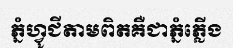
ភ្នំហ្វូជីតាមពិតគឺជាភ្នំភ្លើង